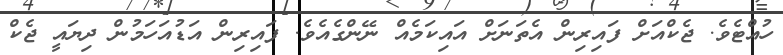
ހުއްޓެވެ. ޖެކްއަށް ފައިރިން އެތަނަށް އައިކަމެއް ނޭންގެއެވެ. ފައިރިން އަޑުއަހަމުން ދިޔައީ ޖެކް